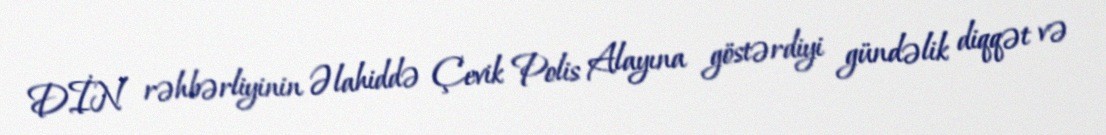
DİN rəhbərliyinin Əlahiddə Çevik Polis Alayına göstərdiyi gündəlik diqqət və